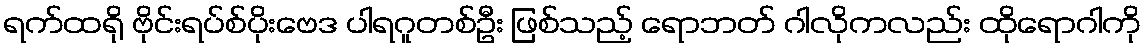
ရက်ထရို ဗိုင်းရပ်စ်ပိုးဗေဒ ပါရဂူတစ်ဦး ဖြစ်သည့် ရောဘတ် ဂါလိုကလည်း ထိုရောဂါကို